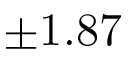
\pm 1 . 8 7